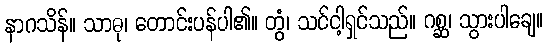
နာဂသိန်။ သာဓု၊ တောင်းပန်ပါ၏။ တွံ၊ သင်ငါ့ရှင်သည်။ ဂစ္ဆ၊ သွားပါချေ။